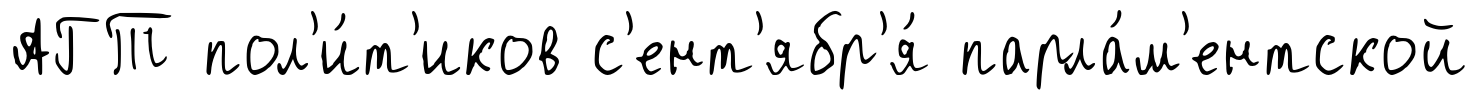
АГТ пол'и́т'иков с'ент'ябр'я́ парла́м'ентской